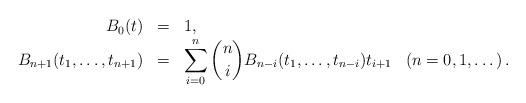
LaTeX: \begin{align*} \begin{array}{rcll} B_{0}(t)&=&1, &\\ B_{n+1}(t_{1}, \ldots, t_{n+1})&=&\displaystyle\sum_{i=0}^{n}\binom{n}{i}B_{n-i}(t_{1}, \ldots, t_{n-i})t_{i+1} &\left(n=0,1,\dots\right). \end{array}\end{align*}